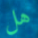
هل